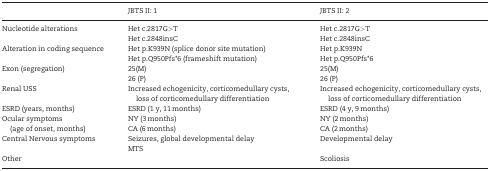
<table><thead><tr><td></td><td><b>JBTS II: 1</b></td><td><b>JBTS II: 2</b></td></tr></thead><tbody><tr><td rowspan="2">Nucleotide alterations</td><td>Het c.2817G&gt;T</td><td>Het c.2817G&gt;T</td></tr><tr><td>Het c.2848insC</td><td>Het c.2848insC</td></tr><tr><td rowspan="2">Alteration in coding sequence</td><td>Het p.K939N (splice donor site mutation)</td><td>Het p.K939N</td></tr><tr><td>Het p.Q950Pfs*6 (frameshift mutation)</td><td>Het p.Q950Pfs*6</td></tr><tr><td rowspan="2">Exon (segregation)</td><td>25(M)</td><td>25(M)</td></tr><tr><td>26 (P)</td><td>26 (P)</td></tr><tr><td>Renal USS</td><td>Increased echogenicity, corticomedullary cysts, loss of corticomedullary differentiation</td><td>Increased echogenicity, corticomedullary cysts, loss of corticomedullary differentiation</td></tr><tr><td>ESRD (years, months)</td><td>ESRD (1 y, 11 months)</td><td>ESRD (4 y, 9 months)</td></tr><tr><td rowspan="2">Ocular symptoms (age of onset, months)</td><td>NY (3 months)</td><td>NY (2 months)</td></tr><tr><td>CA (6 months)</td><td>CA (2 months)</td></tr><tr><td rowspan="2">Central Nervous symptoms</td><td>Seizures, global developmental delay</td><td>Developmental delay</td></tr><tr><td>MTS</td><td></td></tr><tr><td>Other</td><td></td><td>Scoliosis</td></tr></tbody></table>